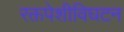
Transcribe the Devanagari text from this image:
रक्तपेशीविघटन